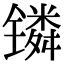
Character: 𬭸